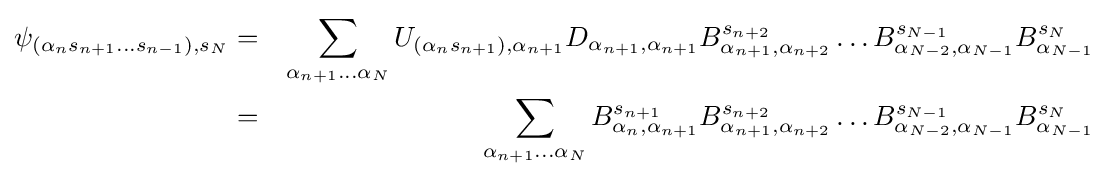
{\begin{aligned}\psi _{(\alpha _{n}s_{n+1}...s_{n-1}),s_{N}}&=&\sum _{\alpha _{n+1}...\alpha _{N}}U_{(\alpha _{n}s_{n+1}),\alpha _{n+1}}D_{\alpha _{n+1},\alpha _{n+1}}B_{\alpha _{n+1},\alpha _{n+2}}^{s_{n+2}}\ldots B_{\alpha _{N-2},\alpha _{N-1}}^{s_{N-1}}B_{\alpha _{N-1}}^{s_{N}}\\&=&\sum _{\alpha _{n+1}...\alpha _{N}}B_{\alpha _{n},\alpha _{n+1}}^{s_{n+1}}B_{\alpha _{n+1},\alpha _{n+2}}^{s_{n+2}}\ldots B_{\alpha _{N-2},\alpha _{N-1}}^{s_{N-1}}B_{\alpha _{N-1}}^{s_{N}}\end{aligned}}